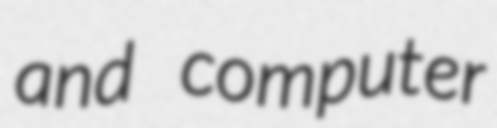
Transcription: and computer